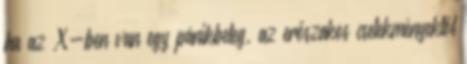
ha az X-ben van egy pánikbeteg, az erőszakos cselekményektől